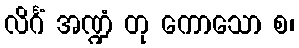
လိင်္ဂံ အဏ္ဍံ တု ကောသော စ၊